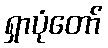
ရှာပုံတော်